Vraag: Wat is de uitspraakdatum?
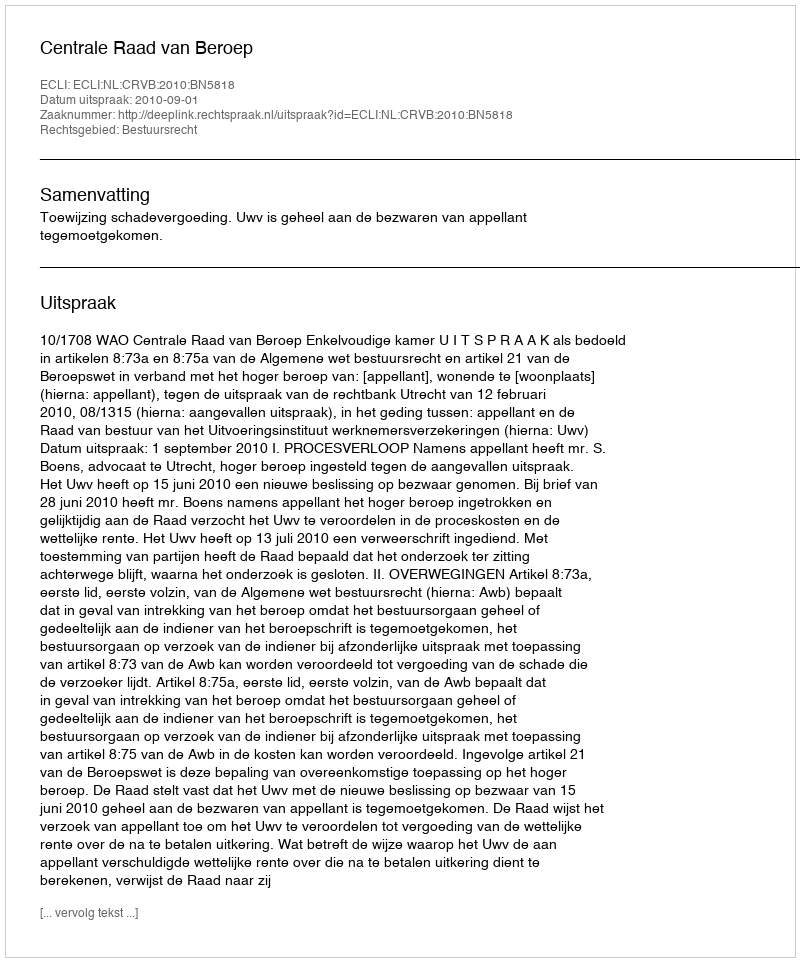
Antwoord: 2010-09-01